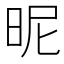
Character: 昵